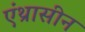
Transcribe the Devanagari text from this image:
एंथ्रासीन